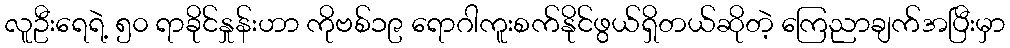
လူဦးရေရဲ့ ၅၀ ရာခိုင်နှုန်းဟာ ကိုဗစ်၁၉ ရောဂါကူးစက်နိုင်ဖွယ်ရှိတယ်ဆိုတဲ့ ကြေညာချက်အပြီးမှာ